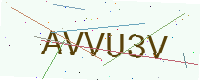
Text: AVVU3V